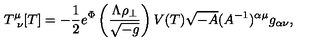
T _ { \ \nu } ^ { \mu } [ T ] = - { \frac { 1 } { 2 } } e ^ { \Phi } \left( { \frac { \Lambda \rho _ { \perp } } { \sqrt { - g } } } \right) V ( T ) \sqrt { - A } ( A ^ { - 1 } ) ^ { \alpha \mu } g _ { \alpha \nu } ,